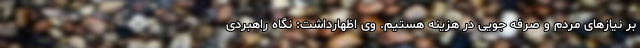
بر نیازهای مردم و صرفه جویی در هزینه هستیم. وی اظهارداشت: نگاه راهبردی